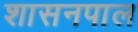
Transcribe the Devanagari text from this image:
शासनपाल